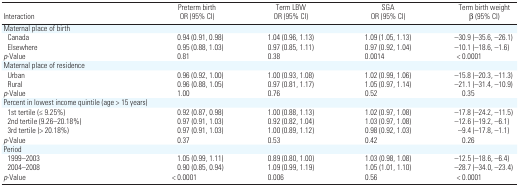
<table><thead><tr><td><b>Interaction</b></td><td><b>Preterm birth OR (95% CI)</b></td><td><b>Term LBW OR (95% CI)</b></td><td><b>SGA OR (95% CI)</b></td><td><b>Term birth weight β (95% CI)</b></td></tr></thead><tbody><tr><td><b>Maternal place of birth</b></td></tr><tr><td><b>Canada</b></td><td>0.94 (0.91, 0.98)</td><td>1.04 (0.96, 1.13)</td><td>1.09 (1.05, 1.13)</td><td>–30.9 (–35.6, –26.1)</td></tr><tr><td><b>Elsewhere</b></td><td>0.95 (0.88, 1.03)</td><td>0.97 (0.85, 1.11)</td><td>0.97 (0.92, 1.04)</td><td>–10.1 (–18.6, –1.6)</td></tr><tr><td><b><i>p</i>-Value</b></td><td>0.81</td><td>0.38</td><td>0.0014</td><td>&lt; 0.0001</td></tr><tr><td><b>Maternal place of residence</b></td></tr><tr><td><b>Urban</b></td><td>0.96 (0.92, 1.00)</td><td>1.00 (0.93, 1.08)</td><td>1.02 (0.99, 1.06)</td><td>–15.8 (–20.3, –11.3)</td></tr><tr><td><b>Rural</b></td><td>0.96 (0.88, 1.05)</td><td>0.97 (0.81, 1.17)</td><td>1.05 (0.97, 1.14)</td><td>–21.1 (–31.4, –10.9)</td></tr><tr><td><b><i>p</i>-Value</b></td><td>1.00</td><td>0.76</td><td>0.52</td><td>0.35</td></tr><tr><td><b>Percent in lowest income quintile (age &gt; 15 years)</b></td></tr><tr><td><b>1st tertile (≤ 9.25%)</b></td><td>0.92 (0.87, 0.98)</td><td>1.00 (0.88, 1.13)</td><td>1.02 (0.97, 1.08)</td><td>–17.8 (–24.2, –11.5)</td></tr><tr><td><b>2nd tertile (9.26–20.18%)</b></td><td>0.97 (0.91, 1.03)</td><td>0.92 (0.82, 1.04)</td><td>1.03 (0.97, 1.08)</td><td>–12.6 (–19.2, –6.1)</td></tr><tr><td><b>3rd tertile (&gt; 20.18%)</b></td><td>0.97 (0.91, 1.03)</td><td>1.00 (0.89, 1.12)</td><td>0.98 (0.92, 1.03)</td><td>–9.4 (–17.8, –1.1)</td></tr><tr><td><b><i>p</i>-Value</b></td><td>0.37</td><td>0.53</td><td>0.42</td><td>0.26</td></tr><tr><td><b>Period</b></td></tr><tr><td><b>1999–2003</b></td><td>1.05 (0.99, 1.11)</td><td>0.89 (0.80, 1.00)</td><td>1.03 (0.98, 1.08)</td><td>–12.5 (–18.6, –6.4)</td></tr><tr><td><b>2004–2008</b></td><td>0.90 (0.85, 0.94)</td><td>1.09 (0.99, 1.19)</td><td>1.05 (1.01, 1.10)</td><td>–28.7 (–34.0, –23.4)</td></tr><tr><td><b><i>p</i>-Value</b></td><td>&lt; 0.0001</td><td>0.006</td><td>0.56</td><td>&lt; 0.0001</td></tr></tbody></table>